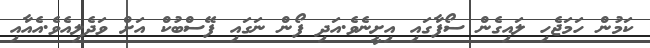
ކަމުން ހަމަޖެހި ލައިގެން ސޯފާގައި އިށީނެވެ.އަދި ފޯން ނަގައި ފޭސްބުކް އަށް ވަދެލިއެވެ.އެއާއި